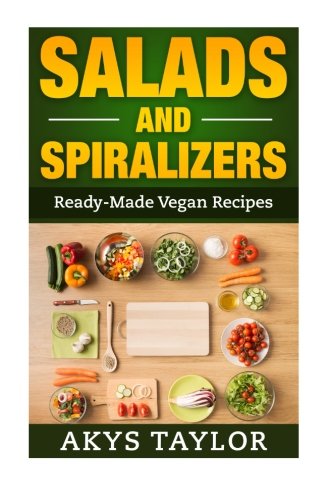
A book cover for Salads And Spiralizers: 30+ Ready-Made Vegan Recipes; Akys Taylor; Health, Fitness & Dieting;